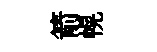
箭幌